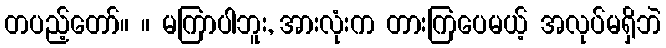
တပည့်တော်။ ။ မကြာပါဘူး, အားလုံးက တားကြပေမယ့် အလုပ်မရှိဘဲ